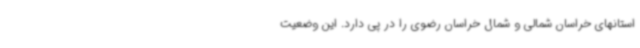
استانهای خراسان شمالی و شمال خراسان رضوی را در پی دارد. این وضعیت